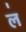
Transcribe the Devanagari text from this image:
ल॑